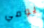
يومي